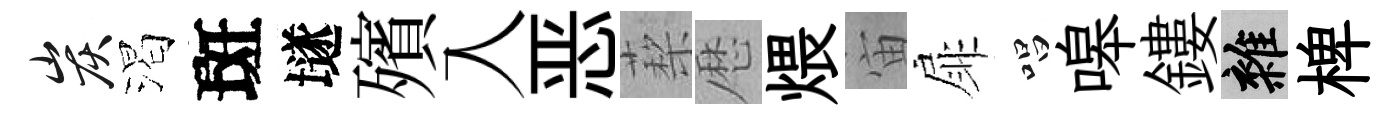
炭渴斑𡑞殯入恶蔾厯煨宙扉唱嗥鏤雜椑